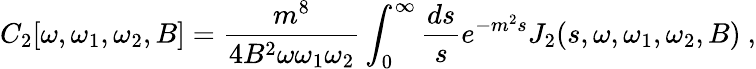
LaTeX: C_{2}[\omega,\omega_{1},\omega_{2},B]={\frac{m^{8}}{4B^{2}\omega\omega_{1}\omega_{2}}}\int_{0}^{\infty}{\frac{ds}{s}}e^{-m^{2}s}J_{2}(s,\omega,\omega_{1},\omega_{2},B)~,